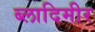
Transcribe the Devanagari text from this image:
ब्लादिमीर